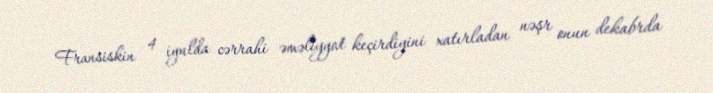
Fransiskin 4 iyulda cərrahi əməliyyat keçirdiyini xatırladan nəşr onun dekabrda